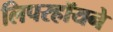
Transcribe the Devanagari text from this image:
लिपरहॉयने